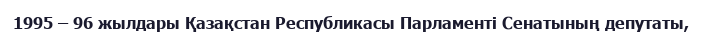
1995 – 96 жылдары Қазақстан Республикасы Парламенті Сенатының депутаты,